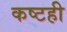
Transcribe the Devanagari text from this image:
कष्टही